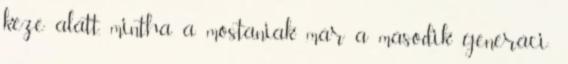
keze alatt, mintha a mostaniak már a második generáci-